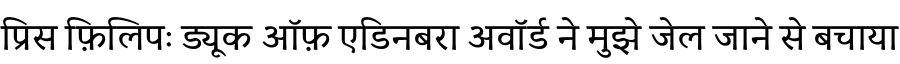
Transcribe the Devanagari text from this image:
प्रिस फ़िलिपः ड्यूक ऑफ़ एडिनबरा अवॉर्ड ने मुझे जेल जाने से बचाया